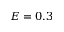
E = 0 . 3